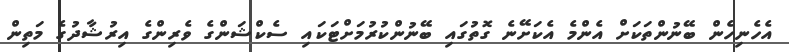
އެހެނިހެން ބޭނުންތަކަށް އެންމެ އެކަށޭނެ ގޮތުގައި ބޭނުންކުރުމަށްޓަކައި ސެކްޝަންގެ ވެރިންގެ އިރުޝާދުގެ މަތިން